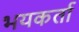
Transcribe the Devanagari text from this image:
भयकर्ता